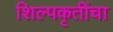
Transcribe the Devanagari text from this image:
शिल्पकृतींचा